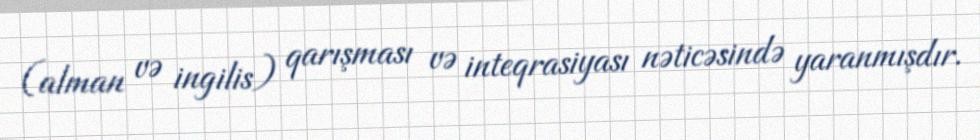
(alman və ingilis) qarışması və inteqrasiyası nəticəsində yaranmışdır.